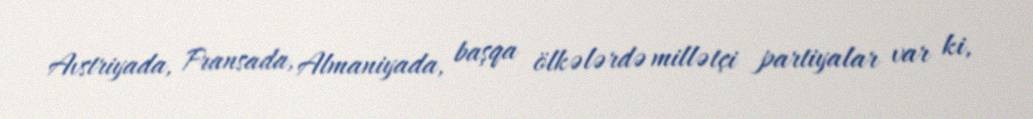
Avstriyada, Fransada, Almaniyada, başqa ölkələrdə millətçi partiyalar var ki,